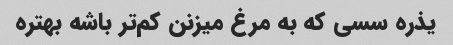
یذره سسی که به مرغ میزنن کم‌تر باشه بهتره